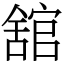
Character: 舘